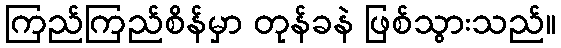
ကြည်ကြည်စိန်မှာ တုန်ခနဲ ဖြစ်သွားသည်။